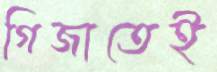
গিজাতেই